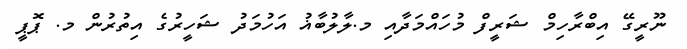
ނޫރީގޭ އިބްރާހިމް ޝަރީފް މުހައްމަދާއި މ.ލާލުބާޣު އަހުމަދު ޝަހީރުގެ އިތުރުން މ. ޕޮޕީ